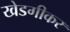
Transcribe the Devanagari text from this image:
खेडगीकर